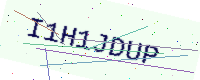
Text: I1H1JDUP